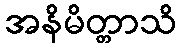
အနိမိတ္တာသိ